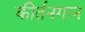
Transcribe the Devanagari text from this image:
कीर्तनगान